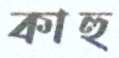
কাহু